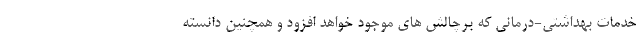
خدمات بهداشتی-درمانی که برچالش های موجود خواهد افزود و همچنین دانسته